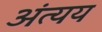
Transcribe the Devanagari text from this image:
अंत्यय